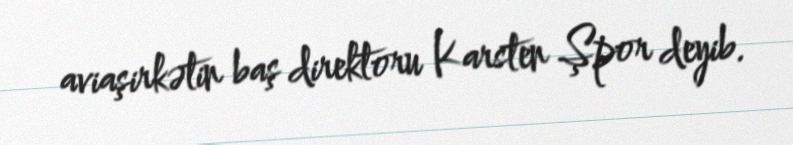
aviaşirkətin baş direktoru Karsten Şpor deyib.